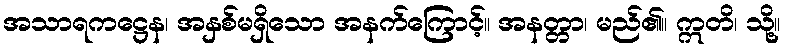
အသာရကဋ္ဌေန၊ အနှစ်မရှိသော အနက်ကြောင့်။ အနတ္တာ၊ မည်၏။ ဣတိ၊ သို့။